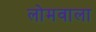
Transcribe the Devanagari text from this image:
लोमवाला